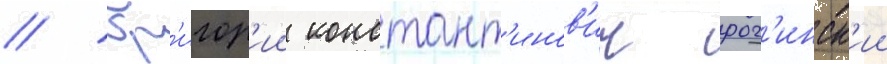
// Гр'игор'ии констант'инов'ич рог'инск'ии